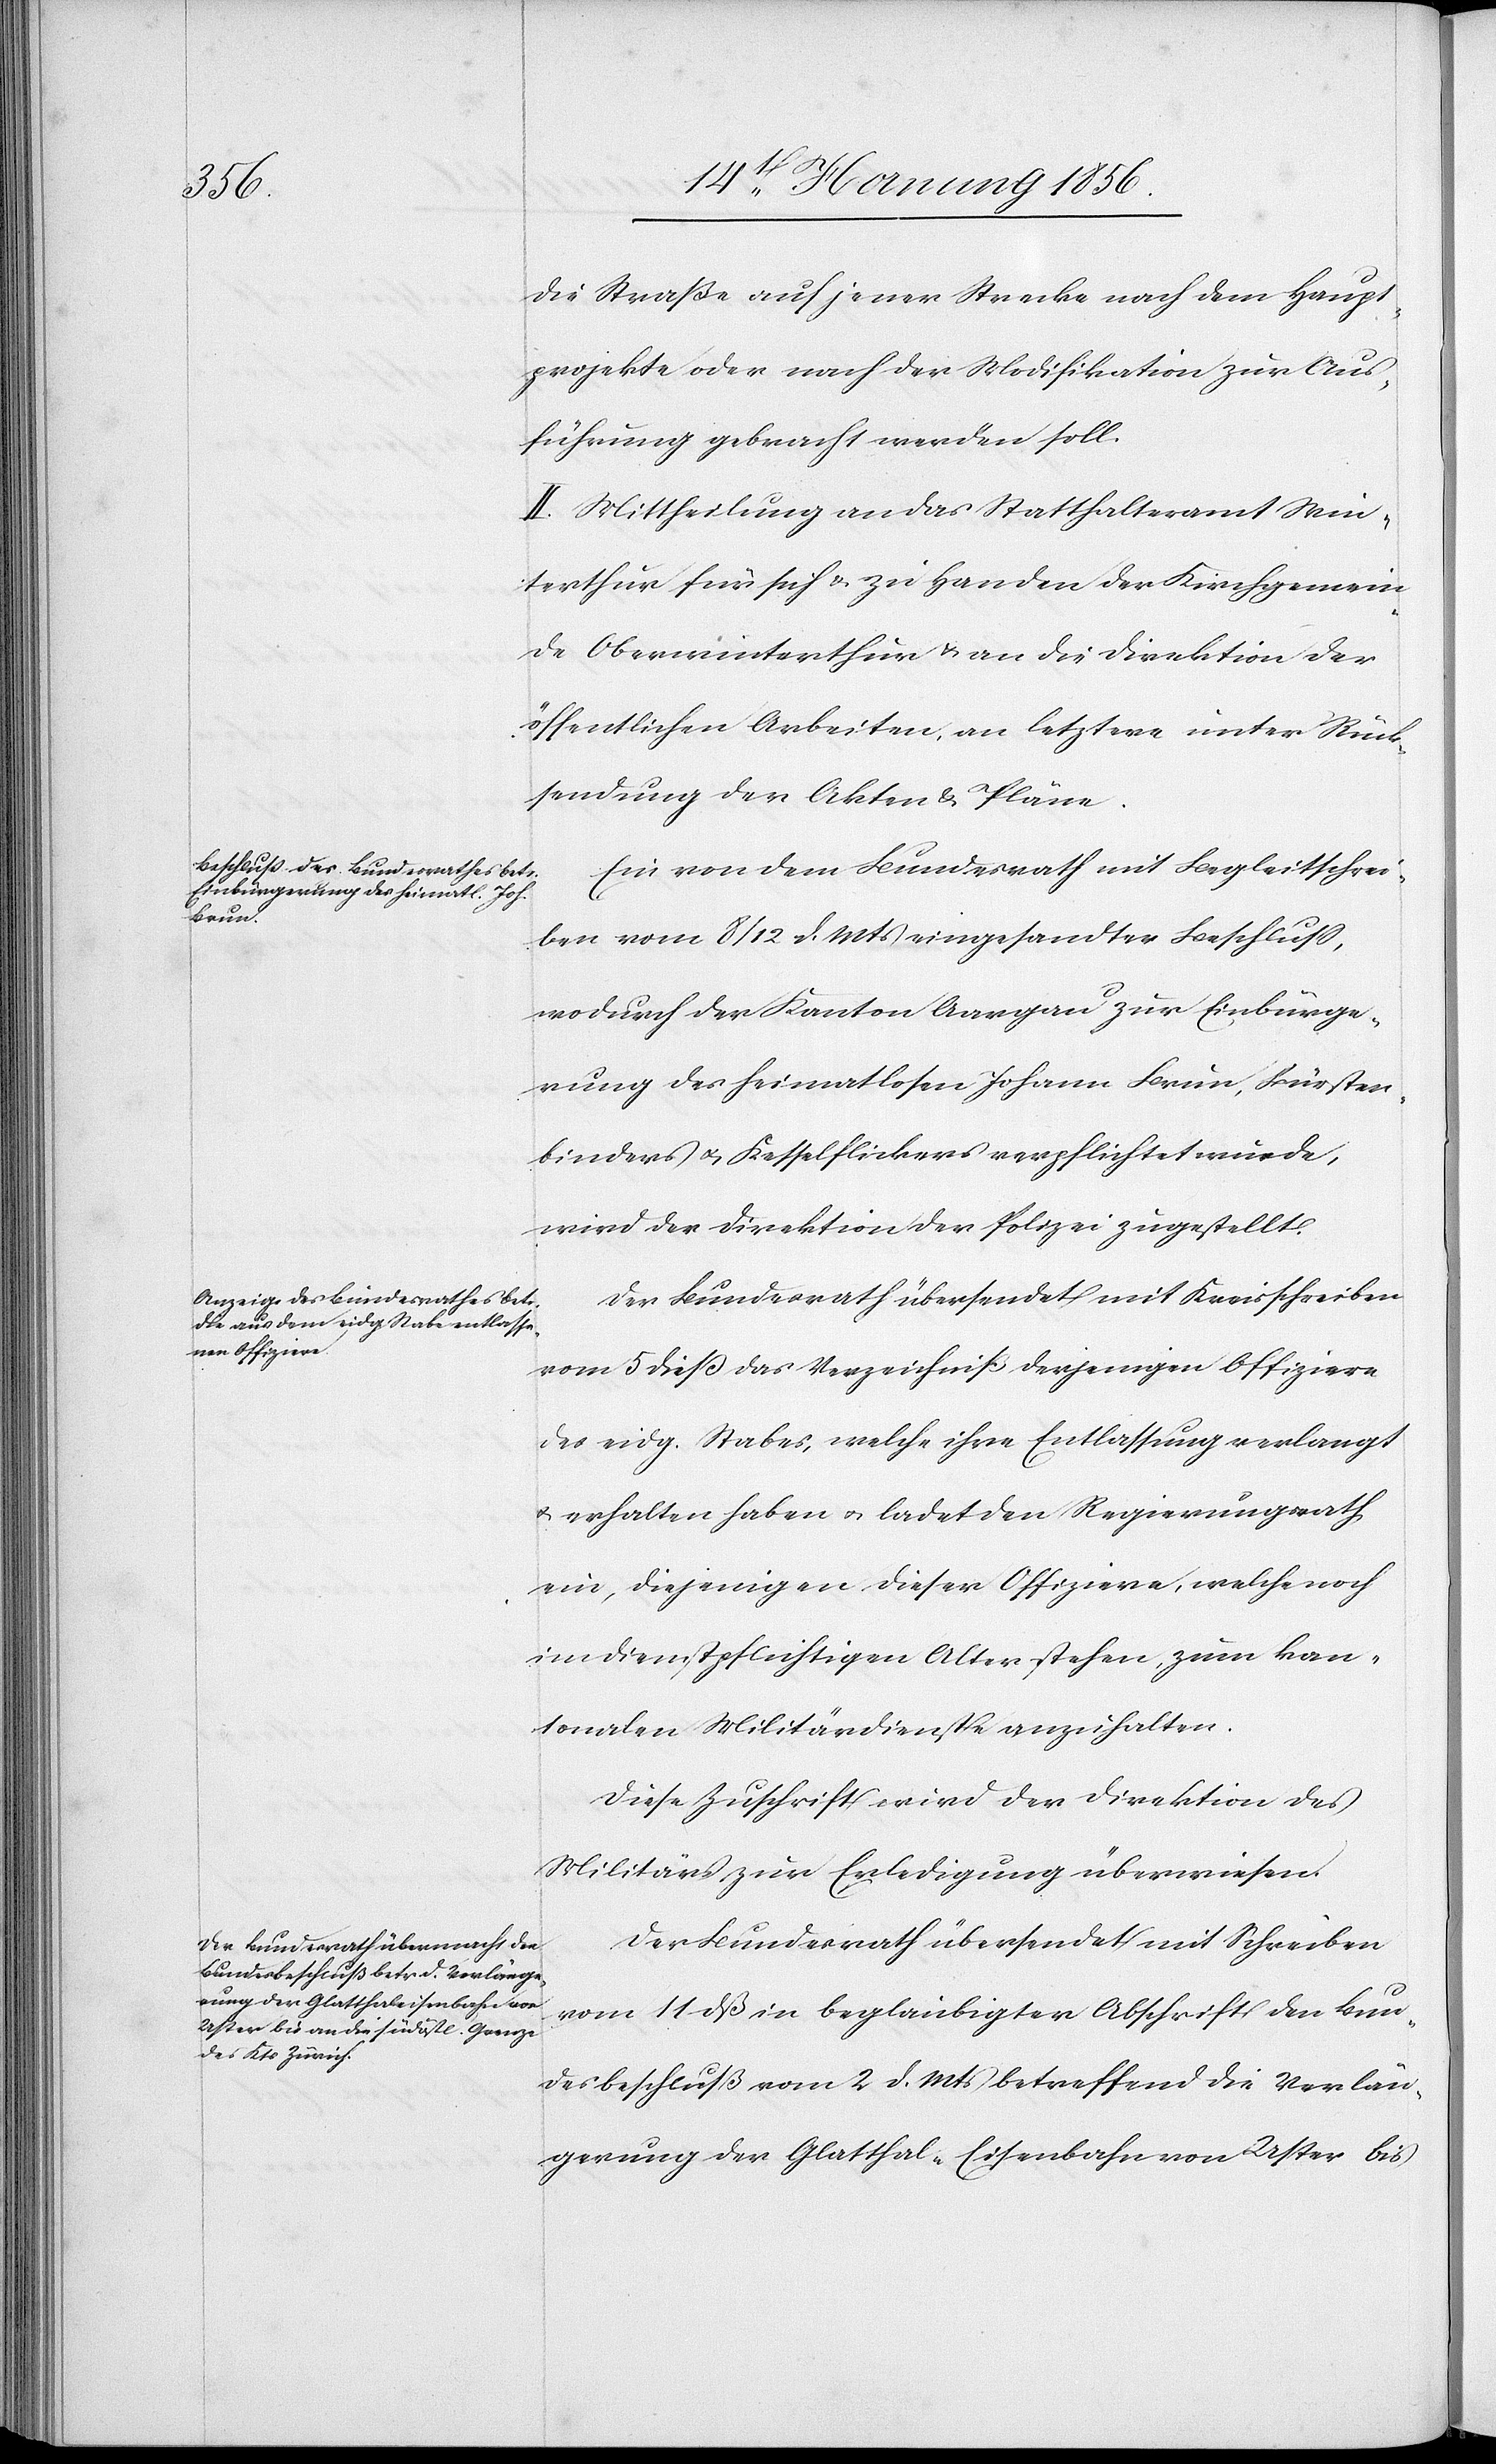
die Straße auf jener Strecke nach dem Haupt¬
projekte oder nach der Modifikation zur Aus¬
führung gebracht werden soll.
II. Mittheilung an das Statthalteramt Win¬
terthur für sich u. zu Handen der Kirchgemein¬
de Oberwinterthur u. an die Direktion der
öffentlichen Arbeiten, an letztere unter Rück¬
sendung der Akten & Pläne.
Ein von dem Bundesrath mit Begleitschrei¬
ben vom 8/12 d. Mts eingesandter Beschluß,
wodurch der Kanton Aargau zur Einbürge¬
rung des heimatlosen Johann Brun, Bürsten¬
binders u. Kesselflickers verpflichtet wurde,
wird der Direktion der Polizei zugestellt.
Der Bundesrath übersendet mit Kreisschreiben
vom 5 dieß das Verzeichniß derjenigen Offiziere
des eidg. Stabes, welche ihre Entlassung verlangt
u. erhalten haben u. ladet den Regierungsrath
ein, diejenigen dieser Offiziere, welche noch
im dienstpflichtigen Alter stehen, zum kan¬
tonalen Militärdienste anzuhalten.
Der Bundesrath übersendet mit Schreiben
vom 11 dß in beglaubigter Abschrift den Bun¬
desbeschluß vom 2 d. Mts betreffend die Verlän¬
gerung der Glatthal-Eisenbahn von Uster bis